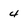
Character: 4